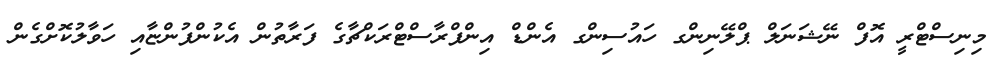
މިނިސްޓްރީ އޮފް ނޭޝަނަލް ޕްލޭނިންގ ހައުސިންގ އެންޑް އިންފްރާސްޓްރަކްޗާގެ ފަރާތުން އެކުންފުންޏާއި ހަވާލުކޮށްގެން